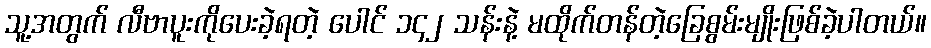
သူ့အတွက် လီဗာပူးကိုပေးခဲ့ရတဲ့ ပေါင် ၁၄၂ သန်းနဲ့ မထိုက်တန်တဲ့ခြေစွမ်းမျိုးဖြစ်ခဲ့ပါတယ်။